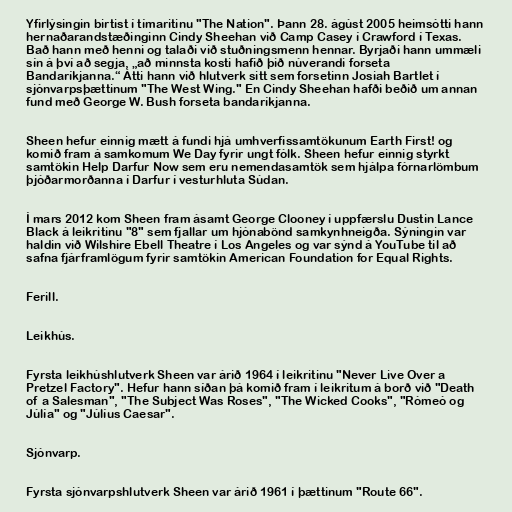
Yfirlýsingin birtist í tímaritinu "The Nation". Þann 28. ágúst 2005 heimsótti hann
hernaðarandstæðinginn Cindy Sheehan við Camp Casey í Crawford í Texas.
Bað hann með henni og talaði við stuðningsmenn hennar. Byrjaði hann ummæli
sín á því að segja, „að minnsta kosti hafið þið núverandi forseta
Bandaríkjanna.“ Átti hann við hlutverk sitt sem forsetinn Josiah Bartlet í
sjónvarpsþættinum "The West Wing." En Cindy Sheehan hafði beðið um annan
fund með George W. Bush forseta bandaríkjanna.

Sheen hefur einnig mætt á fundi hjá umhverfissamtökunum Earth First! og
komið fram á samkomum We Day fyrir ungt fólk. Sheen hefur einnig styrkt
samtökin Help Darfur Now sem eru nemendasamtök sem hjálpa fórnarlömbum
þjóðarmorðanna í Darfur í vesturhluta Súdan.

Í mars 2012 kom Sheen fram ásamt George Clooney í uppfærslu Dustin Lance
Black á leikritinu "8" sem fjallar um hjónabönd samkynhneigða. Sýningin var
haldin við Wilshire Ebell Theatre í Los Angeles og var sýnd á YouTube til að
safna fjárframlögum fyrir samtökin American Foundation for Equal Rights.

Ferill.

Leikhús.

Fyrsta leikhúshlutverk Sheen var árið 1964 í leikritinu "Never Live Over a
Pretzel Factory". Hefur hann síðan þá komið fram í leikritum á borð við "Death
of a Salesman", "The Subject Was Roses", "The Wicked Cooks", "Rómeó og
Júlía" og "Júlíus Caesar".

Sjónvarp.

Fyrsta sjónvarpshlutverk Sheen var árið 1961 í þættinum "Route 66".